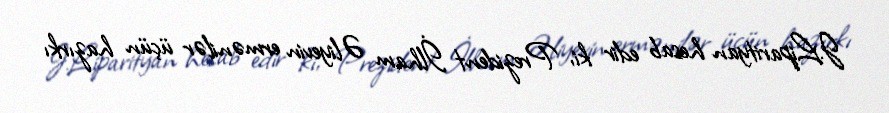
J.Liparityan hesab edir ki, Prezident İlham Əliyevin ermənilər üçün hazırkı